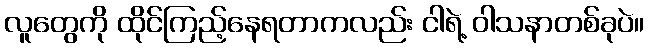
လူတွေကို ထိုင်ကြည့်နေရတာကလည်း ငါရဲ့ ဝါသနာတစ်ခုပဲ။